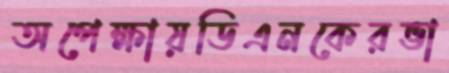
অপেক্ষায়ডিএনকেরভা